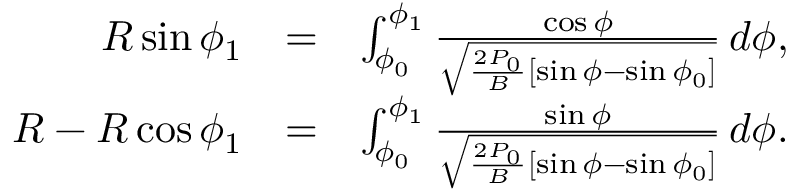
\begin{array} { r l r } { R \sin \phi _ { 1 } } & { = } & { \int _ { \phi _ { 0 } } ^ { \phi _ { 1 } } \frac { \cos \phi } { \sqrt { \frac { 2 P _ { 0 } } { B } [ \sin \phi - \sin \phi _ { 0 } ] } } \, d \phi , } \\ { R - R \cos \phi _ { 1 } } & { = } & { \int _ { \phi _ { 0 } } ^ { \phi _ { 1 } } \frac { \sin \phi } { \sqrt { \frac { 2 P _ { 0 } } { B } [ \sin \phi - \sin \phi _ { 0 } ] } } \, d \phi . } \end{array}